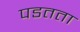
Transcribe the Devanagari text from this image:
पडतता